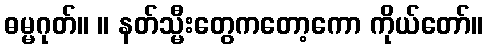
ဓမ္မဂုတ်။ ။ နတ်သ္မီးတွေကတော့ကော ကိုယ်တော်။